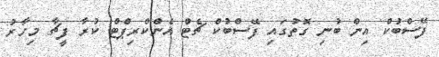
ފޭސްބުކް އިން ބުނި ގޮތުގައި ފޭސްބުކް ޗެޓް އެންކްރިޕްޓް ކުރާ ފީޗާ މިހާރު